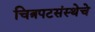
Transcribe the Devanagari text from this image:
चित्रपटसंस्थेचे